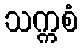
သက္ကစံ